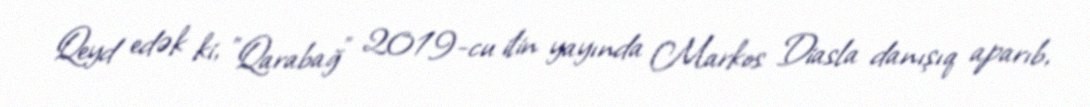
Qeyd edək ki, "Qarabağ" 2019-cu ilin yayında Markos Diasla danışıq aparıb,